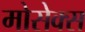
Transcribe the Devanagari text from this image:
मोसेक्स